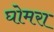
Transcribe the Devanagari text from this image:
घोमरा